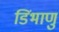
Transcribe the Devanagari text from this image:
डिंभाणु